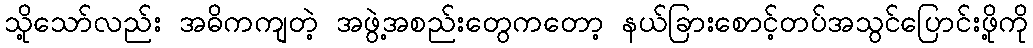
သို့သော်လည်း အဓိကကျတဲ့ အဖွဲ့အစည်းတွေကတော့ နယ်ခြားစောင့်တပ်အသွင်ပြောင်းဖို့ကို